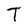
Character: T